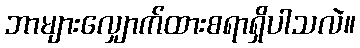
ဘာများလျှောက်ထားစရာရှိပါသလဲ။